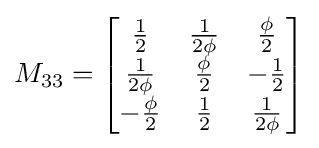
M_{33}={\begin{bmatrix}{\frac {1}{2}}&{\frac {1}{2\phi }}&{\frac {\phi }{2}}\\{\frac {1}{2\phi }}&{\frac {\phi }{2}}&-{\frac {1}{2}}\\-{\frac {\phi }{2}}&{\frac {1}{2}}&{\frac {1}{2\phi }}\end{bmatrix}}